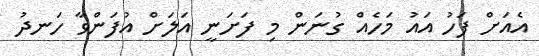
އެއަށް ފަހު އައު މަހެއް ގުނަން މި ފަށަނީ އަލަށް އުފަންވާ ހަނދު